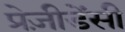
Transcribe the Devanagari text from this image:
प्रेज़ीडेंसी